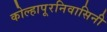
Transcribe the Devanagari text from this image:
कोल्हापूरनिवासिनी